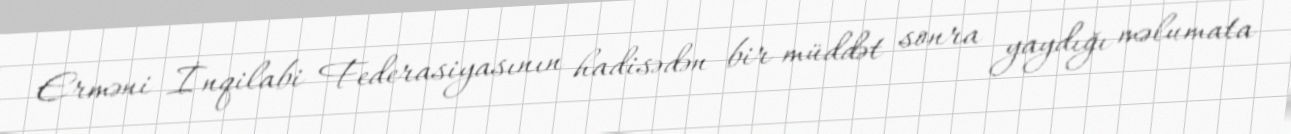
Erməni İnqilabi Federasiyasının hadisədən bir müddət sonra yaydığı məlumata